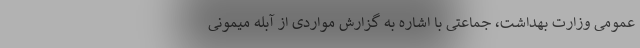
عمومی وزارت بهداشت، جماعتی با اشاره به گزارش مواردی از آبله میمونی